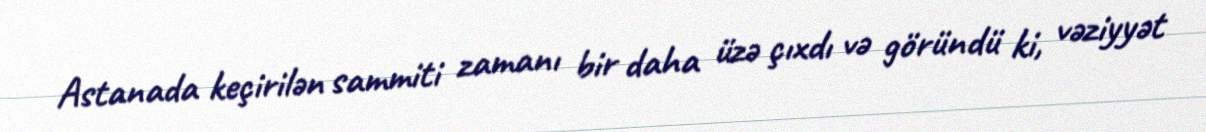
Astanada keçirilən sammiti zamanı bir daha üzə çıxdı və göründü ki, vəziyyət